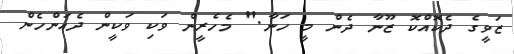
ޒަވީގެ ދެކޮއްކޮ ޒޫނާ ދެން މީ ހަނާ." މެހެރީން ވަކި ވަކީން ދެއަންހެން